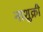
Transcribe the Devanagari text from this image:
नाशुक्री